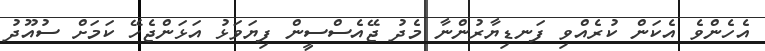
އެހެންވެ އެކަން ކުރެއްވި ފަނޑިޔާރުންނާ މެދު ޖޭއެސްސީން ފިޔަވަޅު އަޅަންޖެހޭ ކަމަށް ސުއޫދު